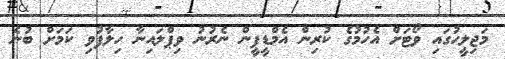
މަޖިލީހުގައި ވޯޓަށް އެހުމުގެ ކުރިން އެމްޑީޕީން ނެރުނު ވިޕްލައިނާ ހިލާފުވި ކަމަށް ބުނެ